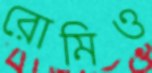
রোমিও